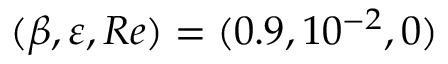
( \beta , \varepsilon , R e ) = ( 0 . 9 , 1 0 ^ { - 2 } , 0 )